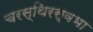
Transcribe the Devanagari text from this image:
चरस्थिरस्वभा